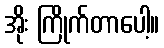
အိုး ကြိုက်တာပေါ့။